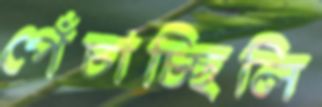
পেঁচাচ্ছিলি